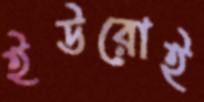
ইউরোই